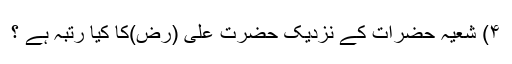
۴) شعیہ حضرات کے نزدیک حضرت علی (رض)کا کیا رتبہ ہے ؟